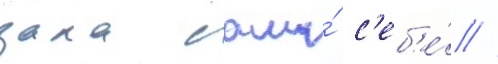
дала сама́ с'еб'е́ //